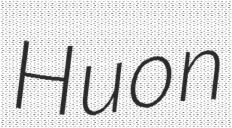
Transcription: Huon